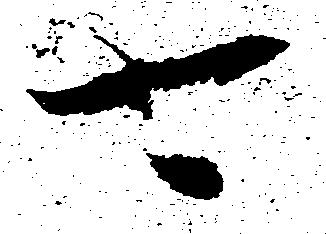
可